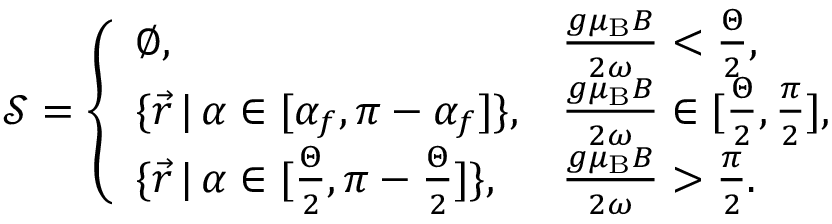
\mathcal { S } = \left\{ \begin{array} { l l } { \emptyset , } & { \frac { g \mu _ { \mathrm { B } } B } { 2 \omega } < \frac { \Theta } { 2 } , } \\ { \{ \vec { r } \, | \, \alpha \in [ \alpha _ { f } , \pi - \alpha _ { f } ] \} , } & { \frac { g \mu _ { \mathrm { B } } B } { 2 \omega } \in [ \frac { \Theta } { 2 } , \frac { \pi } { 2 } ] , } \\ { \{ \vec { r } \, | \, \alpha \in [ \frac { \Theta } { 2 } , \pi - \frac { \Theta } { 2 } ] \} , } & { \frac { g \mu _ { \mathrm { B } } B } { 2 \omega } > \frac { \pi } { 2 } . } \end{array} \right.